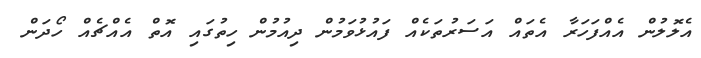
އެލޮލުން އެއްފަހަރާ އެތައް އަސަރުތަކެއް ފައުޅުވަމުން ދިއުމުން ހިތުގައި އޮތް އެއްޗެއް ހޯދަން